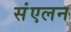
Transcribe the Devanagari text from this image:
संंएलन